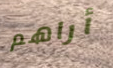
أراهم